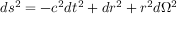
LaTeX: d s ^ { 2 } = - c ^ { 2 } d t ^ { 2 } + d r ^ { 2 } + r ^ { 2 } d \Omega ^ { 2 }